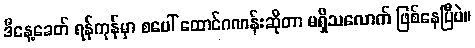
ဒီနေ့ခေတ် ရန်ကုန်မှာ စပေါ် ထောင်ဂဏန်းဆိုတာ မရှိသလောက် ဖြစ်နေပြီပဲ။